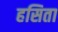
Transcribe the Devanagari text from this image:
हसिता